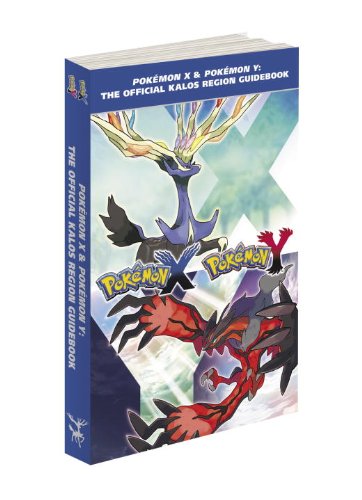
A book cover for PokÃ©mon X & PokÃ©mon Y: The Official Kalos Region Guidebook: The Official PokÃ©mon Strategy Guide; Pokemon Company International; Computers & Technology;